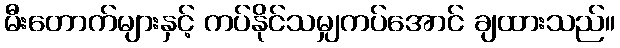
မီးတောက်များနှင့် ကပ်နိုင်သမျှကပ်အောင် ချထားသည်။